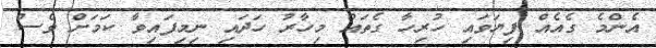
އެންމެ ގެއެއް ފިޔަވައި ހުރިހާ ގެތައް މިހާރު ހަދައި ނިމިފައިވާ ކަމަށް ވެސް